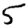
Digit: 5